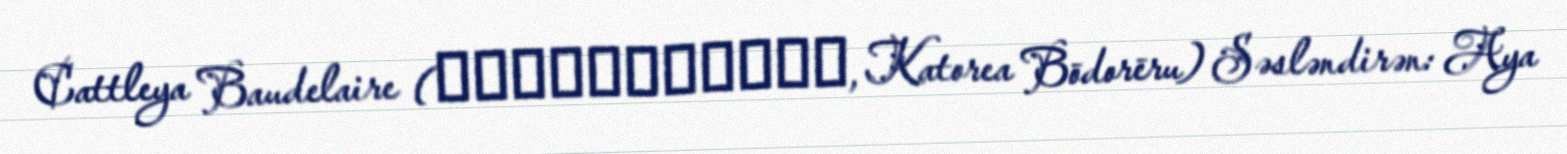
Cattleya Baudelaire (カトレア・ボードレール, Katorea Bōdorēru) Səsləndirən: Aya